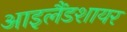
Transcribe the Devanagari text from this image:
आइलैंडशायर